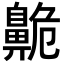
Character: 𪖡